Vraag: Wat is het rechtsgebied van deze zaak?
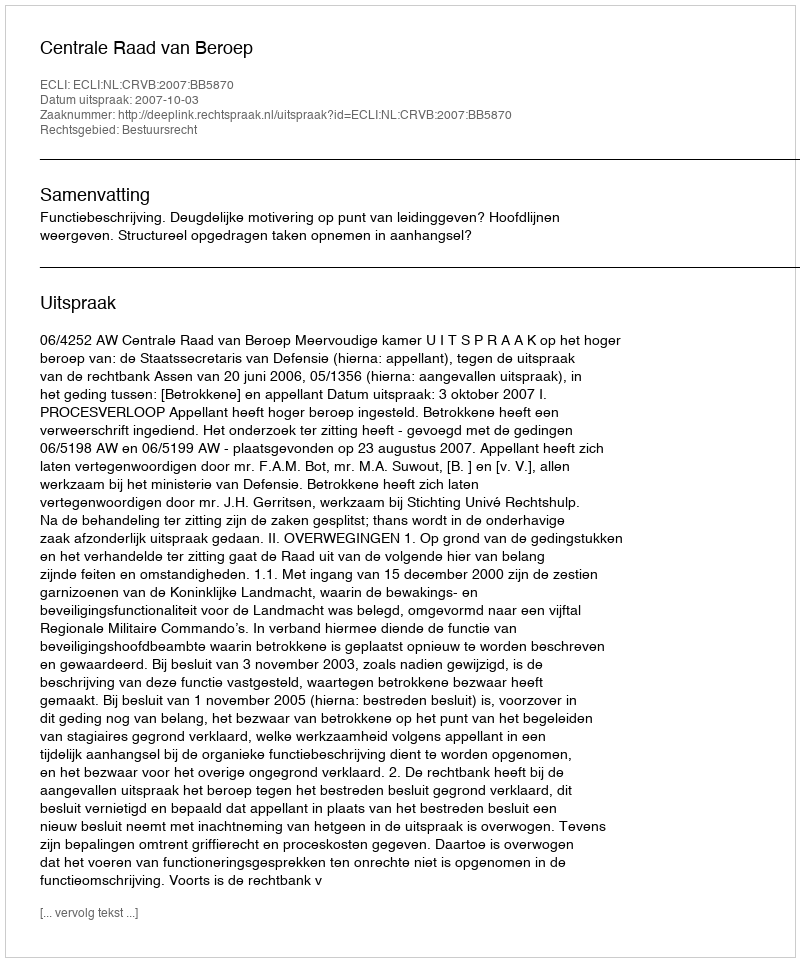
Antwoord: Bestuursrecht